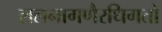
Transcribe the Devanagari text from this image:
ललनागणैरधिगतो